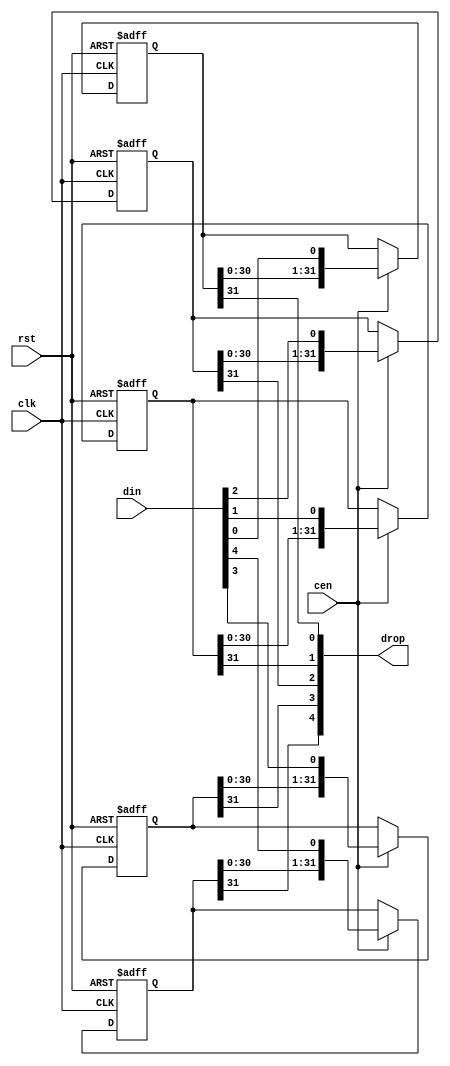
/*  This file is part of JT51.

    JT51 is free software: you can redistribute it and/or modify
    it under the terms of the GNU General Public License as published by
    the Free Software Foundation, either version 3 of the License, or
    (at your option) any later version.

    JT51 is distributed in the hope that it will be useful,
    but WITHOUT ANY WARRANTY; without even the implied warranty of
    MERCHANTABILITY or FITNESS FOR A PARTICULAR PURPOSE.  See the
    GNU General Public License for more details.

    You should have received a copy of the GNU General Public License
    along with JT51.  If not, see <http://www.gnu.org/licenses/>.
    
    Author: Jose Tejada Gomez. Twitter: @topapate
    Version: 1.0
    Date: 27-10-2016
    */


module jt51_sh #(parameter width=5, stages=32, rstval=1'b0 ) (
    input                           rst,
    input                           clk,
    input                           cen,
    input       [width-1:0]         din,
    output      [width-1:0]         drop
);

reg [stages-1:0] bits[width-1:0];

genvar i;
generate
    for (i=0; i < width; i=i+1) begin: bit_shifter
        always @(posedge clk, posedge rst) begin
            if(rst)
                bits[i] <= {stages{rstval}};
            else if(cen)
                bits[i] <= {bits[i][stages-2:0], din[i]};
        end
        assign drop[i] = bits[i][stages-1];
    end
endgenerate

endmodule